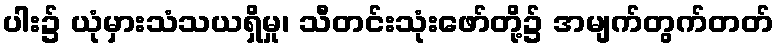
ပါး၌ ယုံမှားသံသယရှိမှု၊ သီတင်းသုံးဖော်တို့၌ အမျက်တွက်တတ်